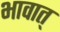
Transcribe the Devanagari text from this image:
भावात्